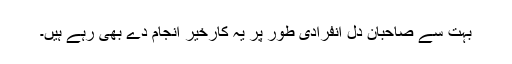
بہت سے صاحبان دل انفرادی طور پر یہ کارخیر انجام دے بھی رہے ہیں۔